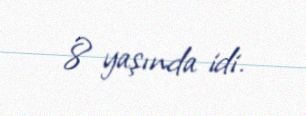
8 yaşında idi.